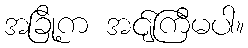
အခြို့က အင်ျကြီမပါ။